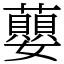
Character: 蘡